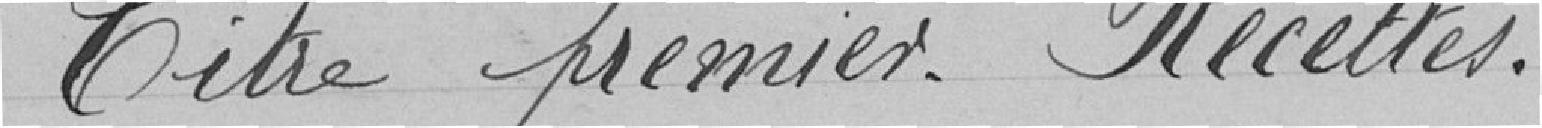
Nature des recettes              Recettes admises par le Ptéfet